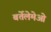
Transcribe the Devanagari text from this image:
बर्तेलेमेओ